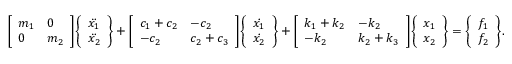
{ \left[ \begin{array} { l l } { m _ { 1 } } & { 0 } \\ { 0 } & { m _ { 2 } } \end{array} \right] } { \left\{ \begin{array} { l } { { \ddot { x _ { 1 } } } } \\ { { \ddot { x _ { 2 } } } } \end{array} \right\} } + { \left[ \begin{array} { l l } { c _ { 1 } + c _ { 2 } } & { - c _ { 2 } } \\ { - c _ { 2 } } & { c _ { 2 } + c _ { 3 } } \end{array} \right] } { \left\{ \begin{array} { l } { { \dot { x _ { 1 } } } } \\ { { \dot { x _ { 2 } } } } \end{array} \right\} } + { \left[ \begin{array} { l l } { k _ { 1 } + k _ { 2 } } & { - k _ { 2 } } \\ { - k _ { 2 } } & { k _ { 2 } + k _ { 3 } } \end{array} \right] } { \left\{ \begin{array} { l } { x _ { 1 } } \\ { x _ { 2 } } \end{array} \right\} } = { \left\{ \begin{array} { l } { f _ { 1 } } \\ { f _ { 2 } } \end{array} \right\} } .